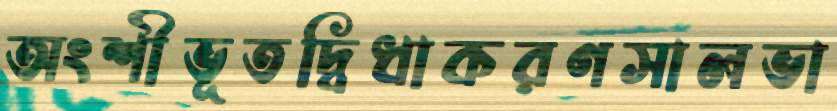
অংশীভূতদ্বিধাকরণসালভা